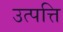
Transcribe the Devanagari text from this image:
उत्पत्ति